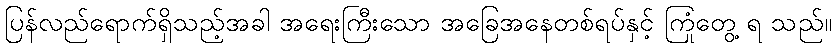
ပြန်လည်ရောက်ရှိသည့်အခါ အရေးကြီးသော အခြေအနေတစ်ရပ်နှင့် ကြုံတွေ့ ရ သည်။